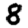
Digit: 8